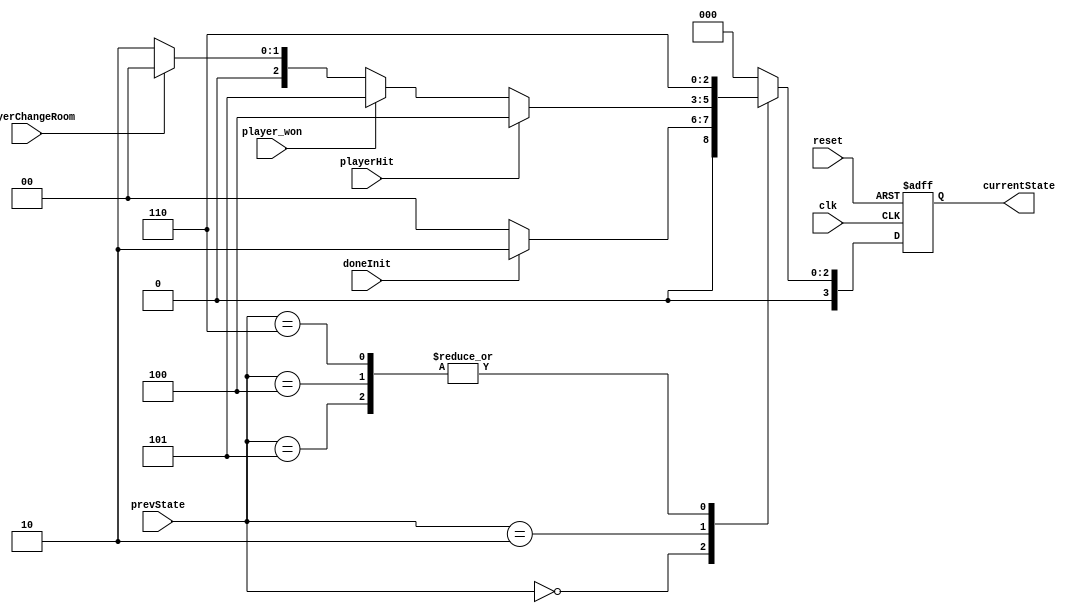
module GameFSM (
    input wire clk,                 // Clock signal
    input wire reset,               // Reset signal
    input playerHit,
	input player_won,
	input doneInit,
	input playerChangeRoom,
	input [3:0] prevState,
	

    output reg [3:0] currentState  
);

//data path is responsible for sending if the player has been hit (1 or 0),
// if the player is in the correct room (1 or 0), if player has press P (1 or 0),
// the datapath can call again to see if we have ended the program or else,
//instead of using the end program here, they can end program in the datapath,
// 

//open game, press start->go to the first room, player can pause (game freeze),
//if gameover or win, exit the program(exit state)
// Define states for the overall gameplay FSM

//newstates: 
parameter INITIALIZATION = 4'b0000;			// Initialize room data 
parameter GAME_PROGRESSING = 4'b0010;		// playing game
parameter GAMEOVER = 4'b0100;				// if hit then game over
parameter WIN = 4'b0101;
parameter ENDPROGRAM = 4'b0110;
parameter CHANGE_ROOM = 4'b0111;

reg [3:0] nextState = INITIALIZATION;
//reg [21:0] pause_counter;


always @(*) begin //change to posedge of the input if need
    //state <= nextState;
    case(prevState)
        INITIALIZATION: begin
            if (doneInit) begin					// doneInit will be sent after initializing all turrets, buttons, and bullets
				nextState = GAME_PROGRESSING;
			end
			else begin
				nextState = INITIALIZATION;
			end
        end
        GAME_PROGRESSING: begin
            if (playerHit) begin
                nextState = GAMEOVER;
            end 
			else if (player_won) begin
                nextState = WIN;
			end
			else if (playerChangeRoom) begin
				nextState = INITIALIZATION;
			end
			else begin
                nextState = GAME_PROGRESSING;
            end
        end
        GAMEOVER, WIN: begin
            nextState = ENDPROGRAM;
        end
        ENDPROGRAM: begin
            nextState = ENDPROGRAM;
        end
        default: nextState = INITIALIZATION;
    endcase
end

always @ (posedge clk or posedge reset)
begin
    if (reset)
    begin
        currentState <= INITIALIZATION;
        //pause_counter <= 22'b0;
    end
    else
        currentState <= nextState;
end

endmodule